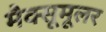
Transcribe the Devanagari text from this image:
मैक्सूमूलर